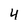
Character: 4